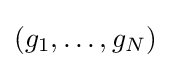
\left(g_{1},\dots ,g_{N}\right)